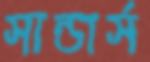
সান্ডার্স